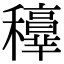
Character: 𥤁